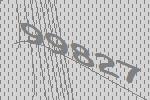
99827